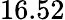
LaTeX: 16.52